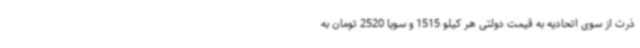
ذرت از سوی اتحادیه به قیمت دولتی هر کیلو 1515 و سویا 2520 تومان به